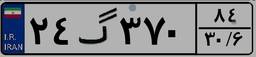
۵۷گ۲۰۰۹۳